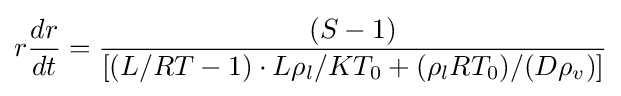
r{\frac {dr}{dt}}={\frac {(S-1)}{[(L/RT-1)\cdot L\rho _{l}/KT_{0}+(\rho _{l}RT_{0})/(D\rho _{v})]}}